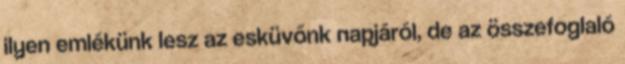
ilyen emlékünk lesz az esküvőnk napjáról, de az összefoglaló